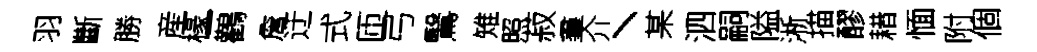
羽斷勝産椽一鸛詹迂式匝弓鷖雉照菽羣介丶某泗嗣隘淅描醪耤愐附個